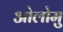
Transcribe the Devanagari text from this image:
ओलोमु